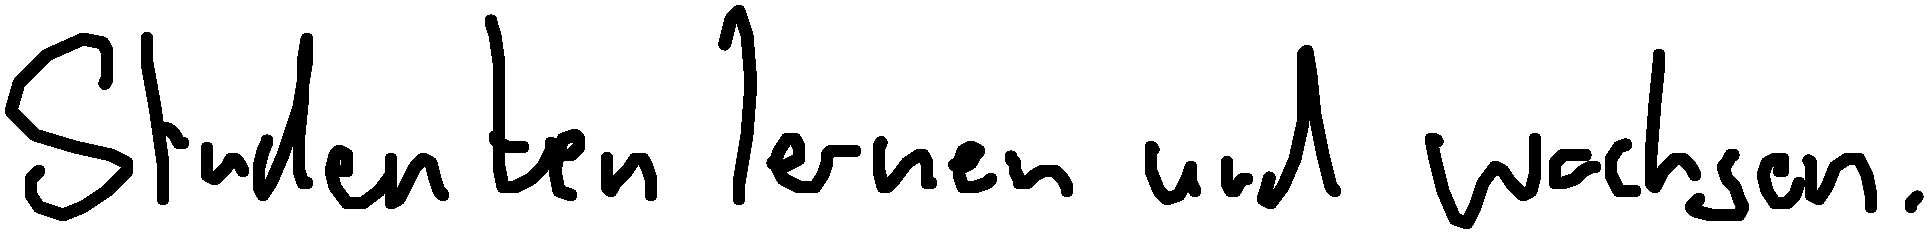
Studenten lernen und wachsen.